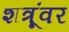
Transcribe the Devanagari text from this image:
शत्रूंवर